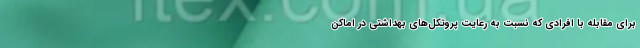
برای مقابله با افرادی که نسبت به رعایت پروتکل‌های بهداشتی در اماکن